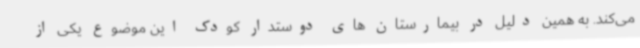
می‌کند. به همین دلیل در بیمارستان های دوستدار کودک این موضوع یکی از